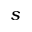
s